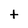
Character: t